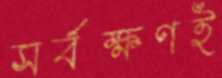
সর্বক্ষণই